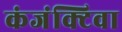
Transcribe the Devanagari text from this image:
कंजंक्टिवा